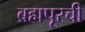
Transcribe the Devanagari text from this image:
ब्रह्मपूरची